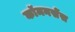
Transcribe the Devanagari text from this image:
कॉमनसेंस